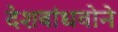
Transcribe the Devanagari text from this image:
देशबांधवोने